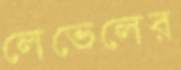
লেভেলের